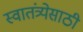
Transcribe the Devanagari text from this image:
स्वातंत्र्येसाठी